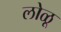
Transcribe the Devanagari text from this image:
लोळू